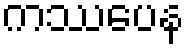
ကဿပေန